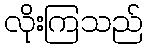
လိုးကြသည်